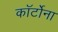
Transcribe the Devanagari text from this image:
कॉर्टोना